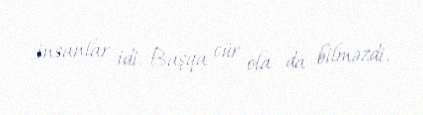
insanlar idi. Başqa cür ola da bilməzdi.